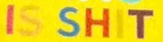
IS SHIT